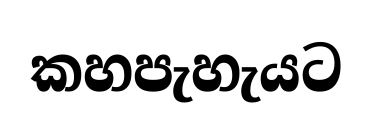
කහපැහැයට